system: You are a helpful assistant.
user:
Analyze the provided spectrum to determine if it is a **S-type Star**.

- **Key Indicators for S-type Star:**

    - **(Overall Spectrum Shape):** The first and most obvious characteristic is the overall continuum (the "baseline" shape). It is **extremely "red-sloping,"** meaning the flux (light intensity) is very low on the left side (blue, ~4000-4500 Å) and rises steeply and continuously toward the right side (red, ~7000 Å+).

    - **(Primary):** The spectrum is defined by the presence of strong, broad molecular absorption "valleys" (bands) from **Zirconium Oxide (ZrO)**. The identification of these bands is the **primary requirement** for classifying a star as S-type.
        - **(Key Bandheads):** You must find distinct, deep "dips" where the light has been absorbed. The most critical band systems to locate are:
            - **~6474 Å** ($\gamma$-system): This is often the strongest and clearest ZrO feature, found in the red part of the spectrum.
            - **~5718 Å** & **~5551 Å** ($\beta$-system): A pair of prominent absorption features in the yellow-orange part of the spectrum.
            - **~4640 Å** ($\alpha$-system): A key absorption band system in the blue-green region of the spectrum.

    - **(Secondary Confirmation):** The classification is strengthened by finding additional absorption bands from other related heavy element oxides, which are expected to be present alongside ZrO.
        - **(Key Bandheads):**
            - **Yttrium Oxide (YO):** Look for absorption dips near **~4800 Å** and **~6100 Å**.
            - **Lanthanum Oxide (LaO):** Additional absorption features, particularly in the red-orange part of the spectrum, are also characteristic.

    - **(Line Profile):** The combination of the steep red continuum and these numerous, deep molecular bands (ZrO, YO, etc.) gives the entire spectrum a very **"chopped-up"** or **"bumpy"** appearance. Instead of a smooth curve, the spectrum looks as though large, wide chunks of light have been "carved out" of it at the specific wavelengths listed above.

Think first, call **spectral_visualization_tool** if needed to examine features in detail, then provide your final answer. Your response must adhere to the following strict rules:
1.  **Overall Structure:** Your response must follow the format `<think>...</think> <tool_call>...</tool_call> (if a tool is used) <answer>...</answer>`.
2.  **Tool Usage Constraint:** You may only make **one** tool call per turn.
3.  **Final Answer Format:** In the `<answer>` tag, your conclusion must be inside a `\boxed{}` command (e.g., `\boxed{YES}` or `\boxed{NO}`), followed by your justification.

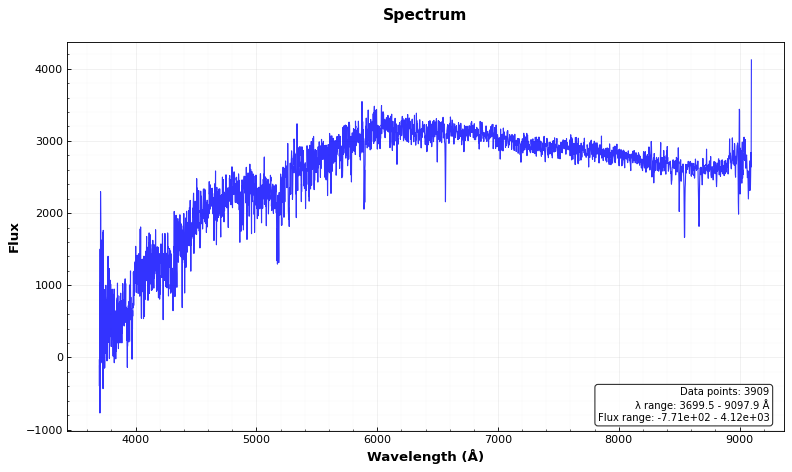
Answer: NO